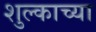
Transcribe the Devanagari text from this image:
शुल्काच्या